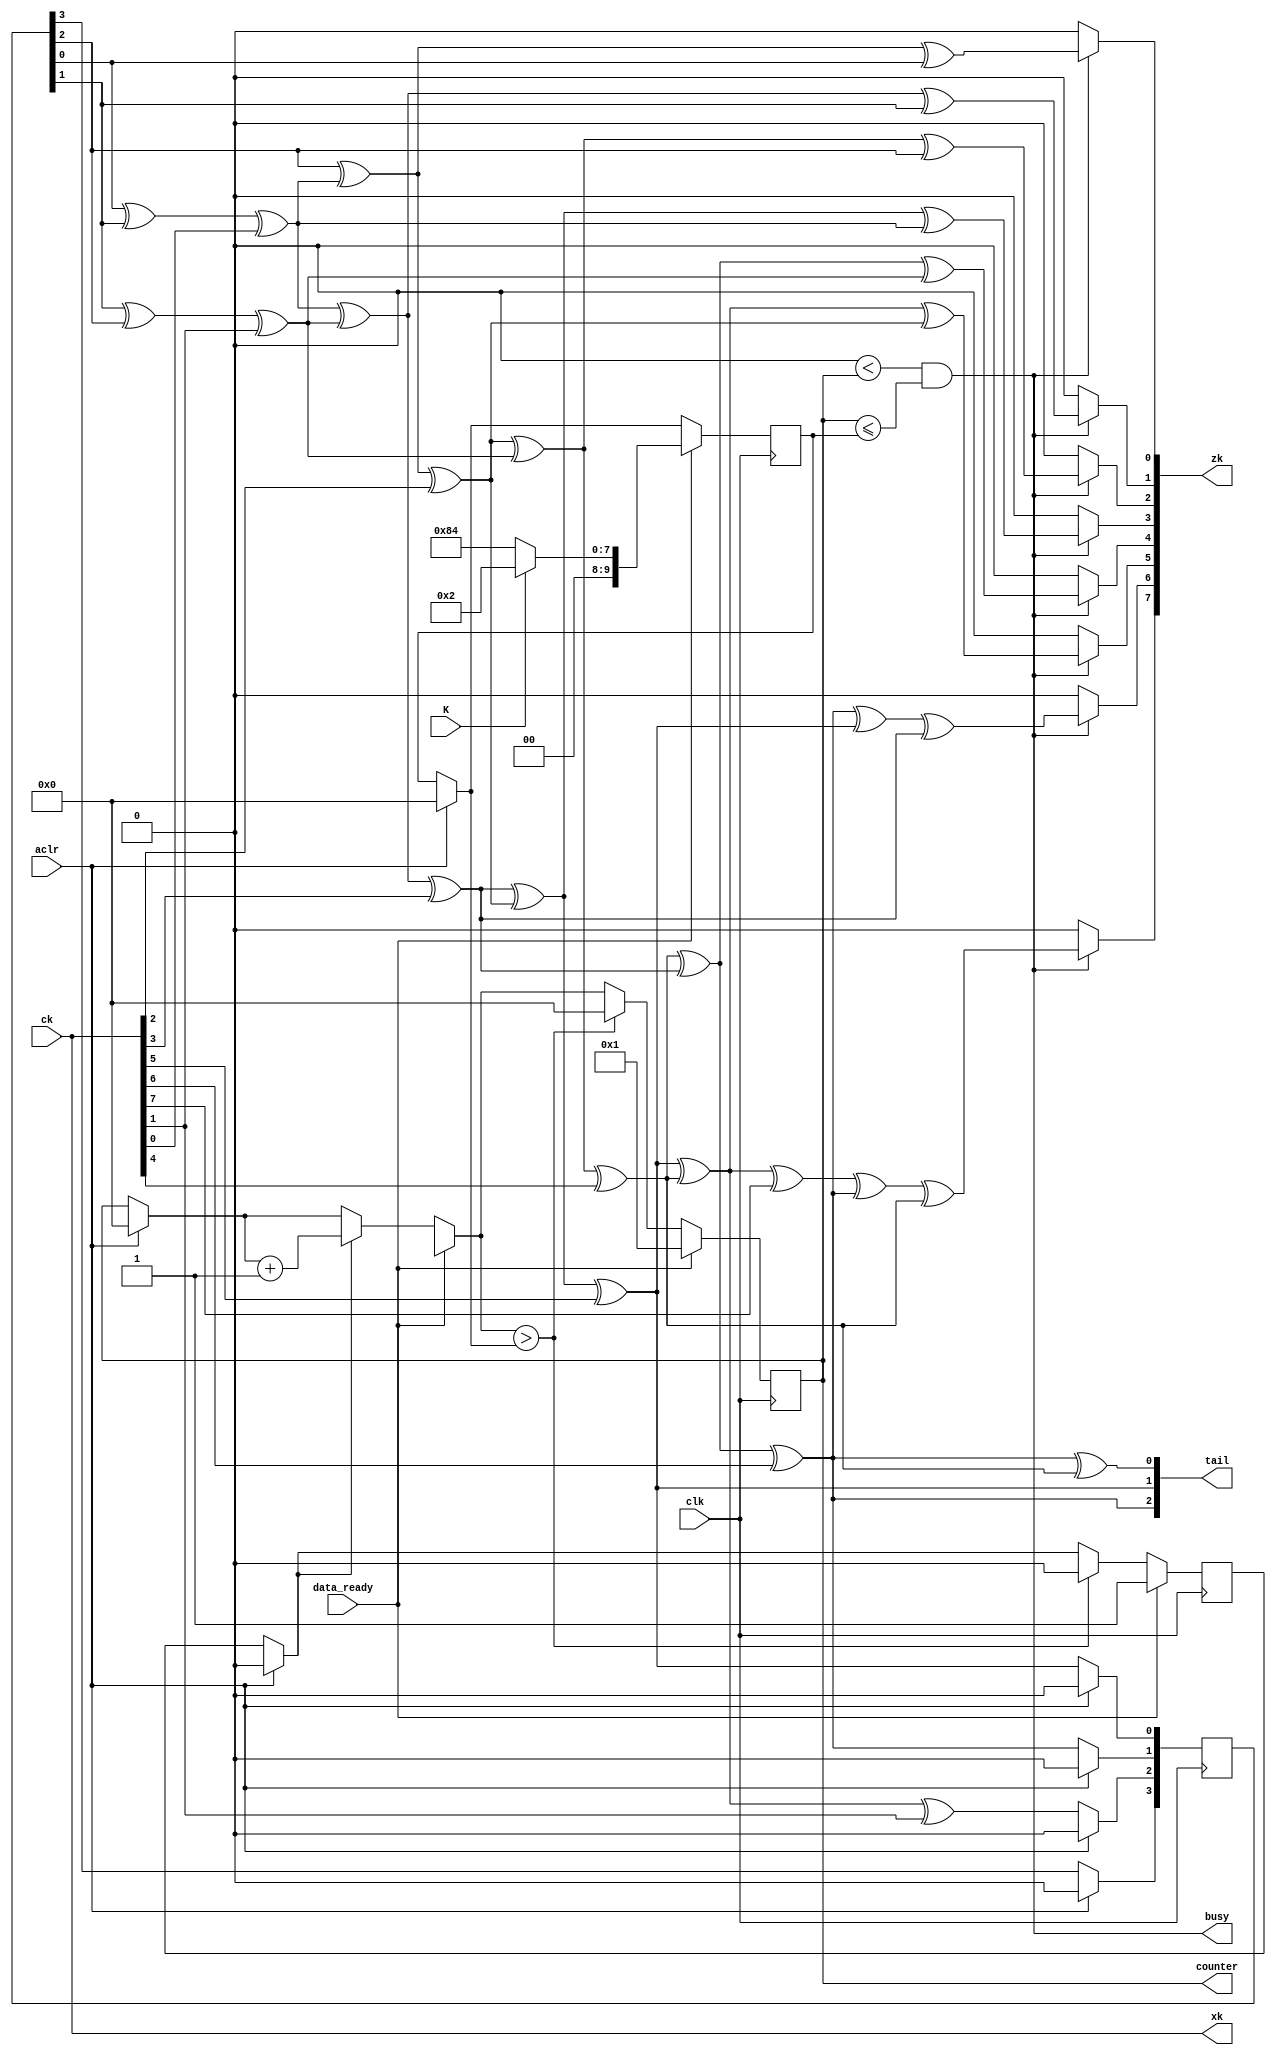
module encoder_parallel1(ck, clk, data_ready, aclr, xk, zk, tail, K, busy, counter);
	input [7:0] ck;
	input clk, data_ready, aclr, K; //0 is smaller block 1056, 1 is larger block 6144
	output [7:0] xk, zk;
	output [2:0] tail; 
//	output [2:0] x;
	output [9:0] counter;
	output busy;

	reg [3:0] x;
	reg [9:0] counter; 
	reg data_rdy;
	reg [9:0] K_size; 
	
	
	wire d00, d10, d20, d01, d11, d21, d02, d12, d22, d03, d13, d23, d04, d14, d24, d05, d15, d25, d06, d16, d26, d07, d17, d27;
	
	always @(posedge clk) begin
      if (aclr) begin
			counter = 0;
			data_rdy = 1'b0;
			K_size = 0;
			x = 0;
		end
		else begin
			x[0] = d17;
			x[1] = d27;
			x[2] = (d17^d07)^ck[1];
		end
		
	  if (data_ready) begin 
			data_rdy = 1'b1;
			if (K) begin
				 K_size = 32'd2; //16/8
			end
			else begin
				 K_size = 32'd132; //1056/8
			end
			counter = 1;
	  end
	  else begin
			if(data_rdy == 1) begin
				counter = counter + 1;
			end
		  
			if(counter > K_size) begin // after tail bits are generated
					data_rdy = 1'b0;
					counter = 0;
			end

	  end 
		  
	end 
	



	
	assign last = (counter == K_size);
	assign tail[0] = d27^d07;
	assign tail[1] = d17;
	assign tail[2] = d27;
	
	
	assign d00 = x[0]; 
	assign d10 = x[1]; 
	assign d20 = x[2]; 
	
	assign d01 = x[1];
	assign d11 = x[2]; 
	assign d21 = (x[0]^x[1])^ck[0]; 
	
	assign d02 = x[2];  
	assign d12 = (x[0]^x[1])^ck[0]; 
	assign d22 = (x[1]^x[2])^ck[1]; 
	
	assign d03 = (x[0]^x[1])^ck[0]; 
	assign d13 = (x[1]^x[2])^ck[1]; 
	assign d23 = (x[2]^((x[0]^x[1])^ck[0]))^ck[2]; 

	assign d04 = (x[1]^x[2])^ck[1];  
	assign d14 = (x[2]^((x[0]^x[1])^ck[0]))^ck[2]; 
	assign d24 = (((x[0]^x[1])^ck[0])^((x[1]^x[2])^ck[1]))^ck[3]; 
	
	assign d05 = (x[2]^((x[0]^x[1])^ck[0]))^ck[2];
	assign d15 = (((x[0]^x[1])^ck[0])^((x[1]^x[2])^ck[1]))^ck[3]; 
	assign d25 = (((x[1]^x[2])^ck[1])^((x[2]^((x[0]^x[1])^ck[0]))^ck[2]))^ck[4];
	
	assign d06 = (((x[0]^x[1])^ck[0])^((x[1]^x[2])^ck[1]))^ck[3]; 
	assign d16 = (((x[1]^x[2])^ck[1])^((x[2]^((x[0]^x[1])^ck[0]))^ck[2]))^ck[4];
	assign d26 = (((x[2]^((x[0]^x[1])^ck[0]))^ck[2])^((((x[0]^x[1])^ck[0])^((x[1]^x[2])^ck[1]))^ck[3]))^ck[5];
	
	assign d07 = (((x[1]^x[2])^ck[1])^((x[2]^((x[0]^x[1])^ck[0]))^ck[2]))^ck[4];
	assign d17 = (((x[2]^((x[0]^x[1])^ck[0]))^ck[2])^((((x[0]^x[1])^ck[0])^((x[1]^x[2])^ck[1]))^ck[3]))^ck[5];
	assign d27 = (((((x[0]^x[1])^ck[0])^((x[1]^x[2])^ck[1]))^ck[3])^((((x[1]^x[2])^ck[1])^((x[2]^((x[0]^x[1])^ck[0]))^ck[2]))^ck[4]))^ck[6];
	
	
	assign zk[0] = busy? (((d00^d10)^ck[0])^d20)^d00 : 1'b0;
	assign zk[1] = busy? (((d01^d11)^ck[1])^d21)^d01 : 1'b0;
	assign zk[2] = busy? (((d02^d12)^ck[2])^d22)^d02 : 1'b0;
	assign zk[3] = busy? (((d03^d13)^ck[3])^d23)^d03 : 1'b0;
	assign zk[4] = busy? (((d04^d14)^ck[4])^d24)^d04 : 1'b0;
	assign zk[5] = busy? (((d05^d15)^ck[5])^d25)^d05 : 1'b0;
	assign zk[6] = busy? (((d06^d16)^ck[6])^d26)^d06 : 1'b0;
	assign zk[7] = busy? (((d07^d17)^ck[7])^d27)^d07 : 1'b0;
	
	assign xk = ck; 
	assign dd0 = d06;
	assign dd1 = d16;
	assign dd2 = d26;
	assign busy = (0 < counter && counter <= K_size);  
	
endmodule